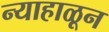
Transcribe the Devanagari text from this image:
न्याहाळून